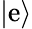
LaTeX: \left|\mathrm{e}\right\rangle